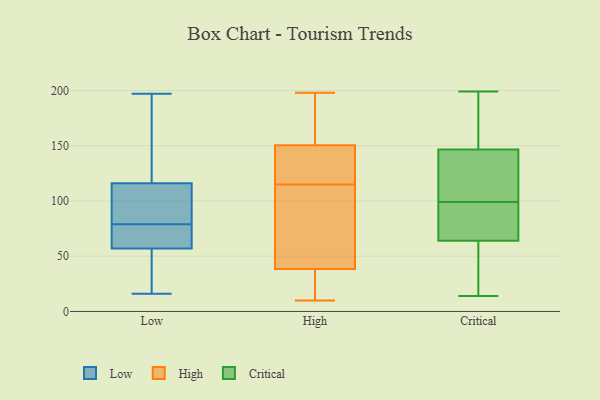
{"axis": {"x": "Bounce Rate (%)", "y": "Value"}, "legend": ["Critical", "High", "Low"], "data": [{"x": "", "y": 164, "type": "Low"}, {"x": "", "y": 116, "type": "Low"}, {"x": "", "y": 114, "type": "Low"}, {"x": "", "y": 75, "type": "Low"}, {"x": "", "y": 83, "type": "Low"}, {"x": "", "y": 42, "type": "Low"}, {"x": "", "y": 84, "type": "Low"}, {"x": "", "y": 197, "type": "Low"}, {"x": "", "y": 166, "type": "Low"}, {"x": "", "y": 75, "type": "Low"}, {"x": "", "y": 40, "type": "Low"}, {"x": "", "y": 96, "type": "Low"}, {"x": "", "y": 70, "type": "Low"}, {"x": "", "y": 16, "type": "Low"}, {"x": "", "y": 62, "type": "Low"}, {"x": "", "y": 57, "type": "Low"}, {"x": "", "y": 32, "type": "Low"}, {"x": "", "y": 156, "type": "Low"}, {"x": "", "y": 34, "type": "High"}, {"x": "", "y": 10, "type": "High"}, {"x": "", "y": 194, "type": "High"}, {"x": "", "y": 66, "type": "High"}, {"x": "", "y": 149, "type": "High"}, {"x": "", "y": 161, "type": "High"}, {"x": "", "y": 175, "type": "High"}, {"x": "", "y": 143, "type": "High"}, {"x": "", "y": 45, "type": "High"}, {"x": "", "y": 22, "type": "High"}, {"x": "", "y": 119, "type": "High"}, {"x": "", "y": 111, "type": "High"}, {"x": "", "y": 107, "type": "High"}, {"x": "", "y": 38, "type": "High"}, {"x": "", "y": 152, "type": "High"}, {"x": "", "y": 22, "type": "High"}, {"x": "", "y": 138, "type": "High"}, {"x": "", "y": 198, "type": "High"}, {"x": "", "y": 134, "type": "High"}, {"x": "", "y": 39, "type": "High"}, {"x": "", "y": 157, "type": "Critical"}, {"x": "", "y": 87, "type": "Critical"}, {"x": "", "y": 197, "type": "Critical"}, {"x": "", "y": 32, "type": "Critical"}, {"x": "", "y": 112, "type": "Critical"}, {"x": "", "y": 83, "type": "Critical"}, {"x": "", "y": 99, "type": "Critical"}, {"x": "", "y": 199, "type": "Critical"}, {"x": "", "y": 40, "type": "Critical"}, {"x": "", "y": 143, "type": "Critical"}, {"x": "", "y": 72, "type": "Critical"}, {"x": "", "y": 14, "type": "Critical"}, {"x": "", "y": 134, "type": "Critical"}]}